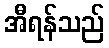
အီရန်သည်